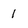
Character: 1